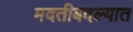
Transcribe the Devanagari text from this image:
मदतीबदल्यात